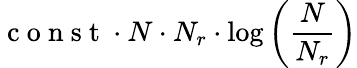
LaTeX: \mathrm{~c~o~n~s~t~}\cdot N\cdot N_{r}\cdot\log\left(\frac{N}{N_{r}}\right)